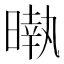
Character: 𣊎